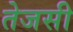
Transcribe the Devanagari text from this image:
तेजसी